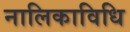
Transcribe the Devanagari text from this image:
नालिकाविधि